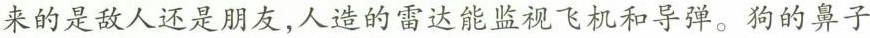
来的是敌人还是朋友，人造的雷达能监视飞机和导弹。狗的鼻子